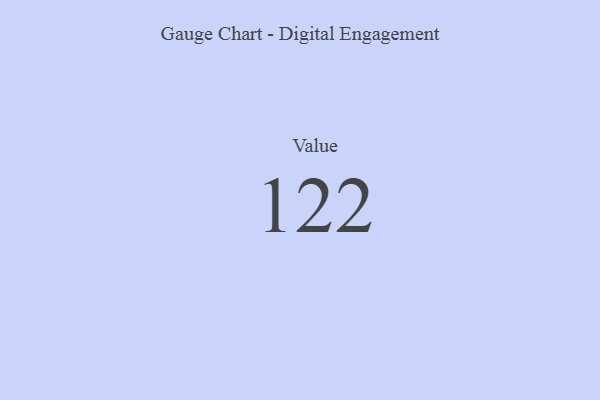
{"axis": {"x": "Metric", "y": "Value"}, "legend": [""], "data": [{"x": "Value", "y": 122, "type": ""}]}